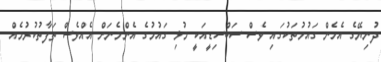
ދުނިޔޭގެ އެހެން ގައުމުތަކުގައި ވެސް ސަބްސިޑީއަކީ މުޅި ގައުމުގެ އެންމެނަށް އެއްވެސް ތަފާތުކުރުމެއް